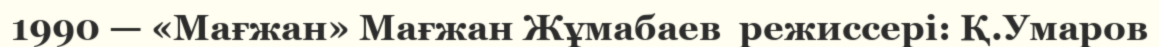
1990 — «Мағжан» Мағжан Жұмабаев  режиссері: Қ.Умаров